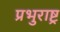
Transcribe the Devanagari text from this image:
प्रभुराष्ट्र